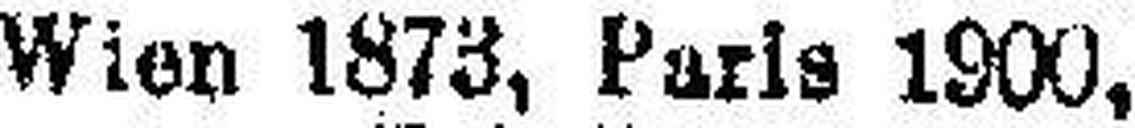
Wien 1873, Paris 1900,